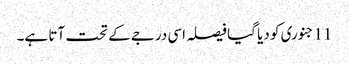
11جنوری کو دیا گیا فیصلہ اسی درجے کے تحت آتا ہے۔